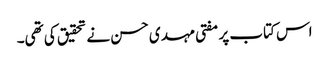
اس کتاب پر مفتی مہدی حسن نے تحقیق کی تھی۔